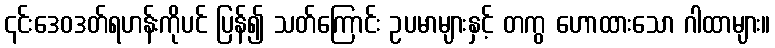
၎င်းဒေဝဒတ်ရဟန်းကိုပင် ပြန်၍ သတ်ကြောင်း ဥပမာများနှင့် တကွ ဟောထားသော ဂါထာများ။